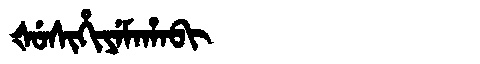
Manchu: ᡧᡠᠰᡳᡥᡳᠶᡝᠮᠠᡥᠠᠪᡳ
Romanization: ŠUSIHIYEMAHABI